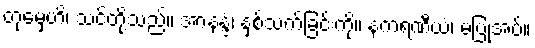
တုမှေဟိ၊ သင်တို့သည်။ အာနန္ဒံ၊ နှစ်သက်ခြင်းကို။ နကရဏီယံ၊ မပြုအပ်။